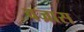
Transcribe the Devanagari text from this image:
वज्रास